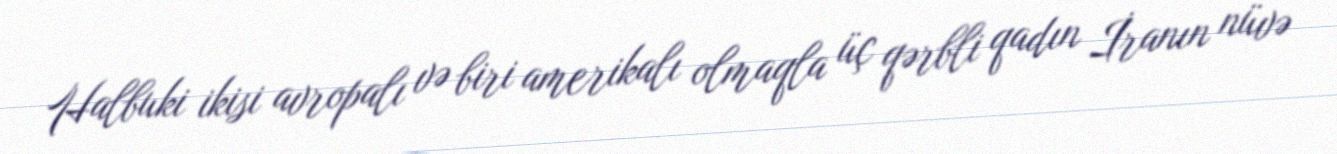
Halbuki ikisi avropalı və biri amerikalı olmaqla üç qərbli qadın İranın nüvə